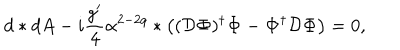
d * d A - i \frac { g ^ { \prime } } { 4 } \alpha ^ { 2 - 2 q } * \left( ( { \cal { D } } { \bf \Phi } ) ^ { \dagger } { \bf \Phi } - { \bf \Phi } ^ { \dagger } { \cal { D } } { \bf \Phi } \right) = 0 ,